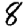
Digit: 8